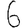
Digit: 6